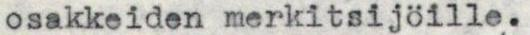
osakkeiden merkitsijöille.